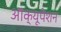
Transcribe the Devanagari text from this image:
ऑक्यूपेशन